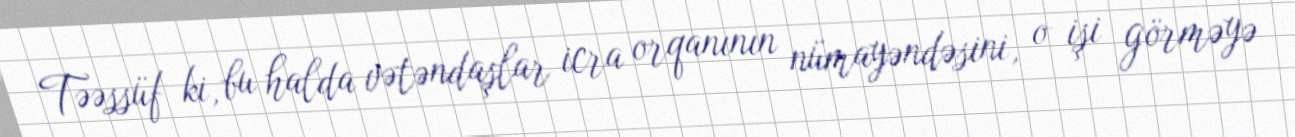
Təəssüf ki, bu halda vətəndaşlar icra orqanının nümayəndəsini, o işi görməyə